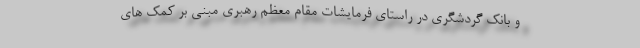
و بانک گردشگری در راستای فرمایشات مقام معظم رهبری مبنی بر کمک های